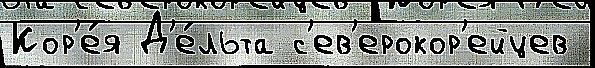
Кор'е́я Д'е́льта с'ев'ерокор'ейцев